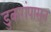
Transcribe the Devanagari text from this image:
डुकरांपासून